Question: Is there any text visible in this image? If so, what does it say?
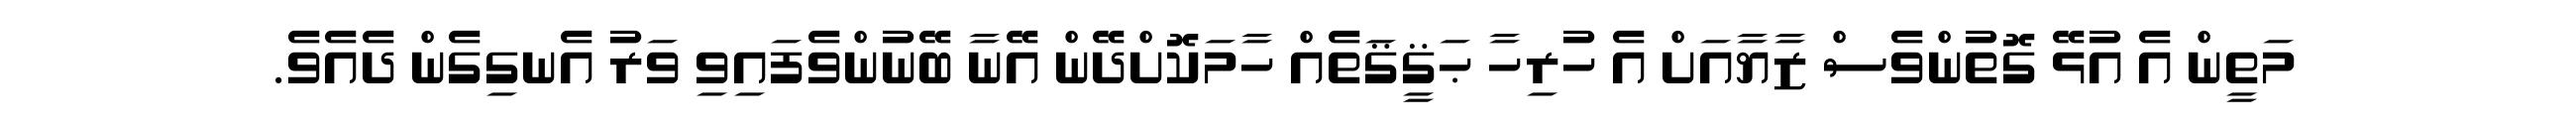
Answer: މަތީން އެ އުޅޭ ގޮތުންވެސް ޒާޔާއަށް އެ ހުރިހާ ޙަޤީޤަތެއް ހާމަކޮށްދޭން އޭނާ ބޭނުންވެފައިވި ވަރު އެނގިގެން ދެއެވެ.